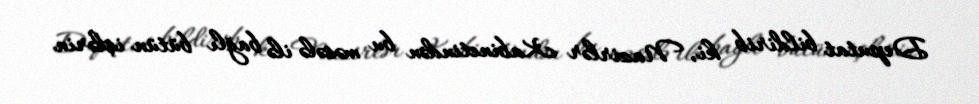
Deputat bildirib ki, Nazirlər Kabinetindən bu məsələ ilə bağlı bütün işlərin